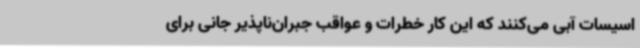
اسیسات آبی می‌کنند که این کار خطرات و عواقب جبران‌ناپذیر جانی برای